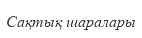
Сақтық шаралары